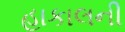
હાકાલની